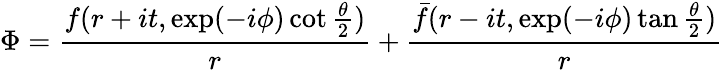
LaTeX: \Phi={\frac{f(r+it,\exp(-i\phi)\cot{\frac{\theta}{2}})}{r}}+{\frac{\bar{f}(r-it,\exp(-i\phi)\tan{\frac{\theta}{2}})}{r}}